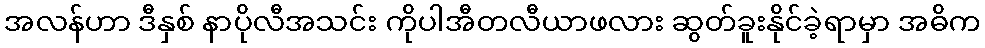
အလန်ဟာ ဒီနှစ် နာပိုလီအသင်း ကိုပါအီတလီယာဖလား ဆွတ်ခူးနိုင်ခဲ့ရာမှာ အဓိက